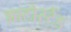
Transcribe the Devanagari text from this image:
आटोस्टैंड